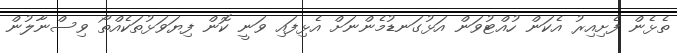
ތެޅެން ފެށިއިރު އެކަން ހުއްޓުވަން އަޅުގަނޑުމެންނަށް އެޅިފައި ވަނީ ކޮން ފިޔަވަޅުތަކެއްތޯ ވިސްނާލުން